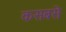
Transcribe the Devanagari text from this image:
कसबसे